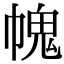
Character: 𢄊